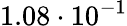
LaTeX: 1.08\cdot 10^{-1}